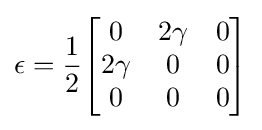
\epsilon ={\frac {1}{2}}{\begin{bmatrix}0&2\gamma &0\\2\gamma &0&0\\0&0&0\end{bmatrix}}